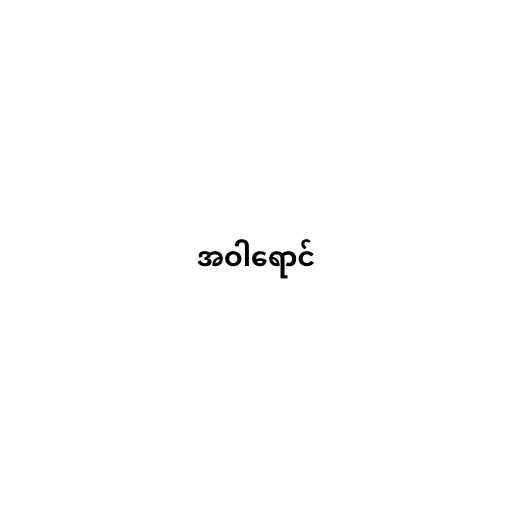
အဝါရောင်